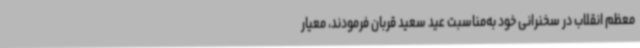
معظم انقلاب در سخنرانی خود به‌مناسبت عید سعید قربان فرمودند، معیار